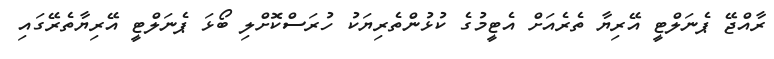
ރާއްޖޭ ޕެނަލްޓީ އޭރިޔާ ތެރެއަށް އެޓީމުގެ ކުޅުންތެރިޔަކު ހުރަސްކޮށްލި ބޯޅަ ޕެނަލްޓީ އޭރިޔާތެރޭގައި